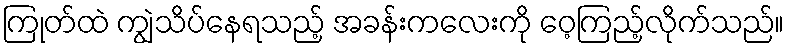
ကြုတ်ထဲ ကျွဲသိပ်နေရသည့် အခန်းကလေးကို ဝေ့ကြည့်လိုက်သည်။